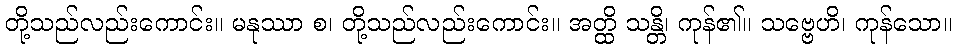
တို့သည်လည်းကောင်း။ မနုဿာ စ၊ တို့သည်လည်းကောင်း။ အတ္ထိ သန္တိ၊ ကုန်၏။ သဗ္ဗေဟိ၊ ကုန်သော။